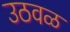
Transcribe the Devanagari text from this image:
उठवळ